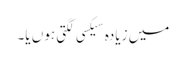
میں زیادہ سیکسی لگتی ہوں یا۔